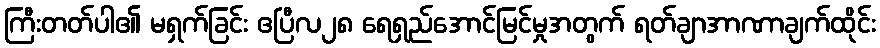
ကြီးတတ်ပါ၏ မရှက်ခြင်း ဧပြီလ၂၈ ရေရှည်အောင်မြင်မှုအတွက် ရတ်ချာအာဏာချက်ထိုင်း